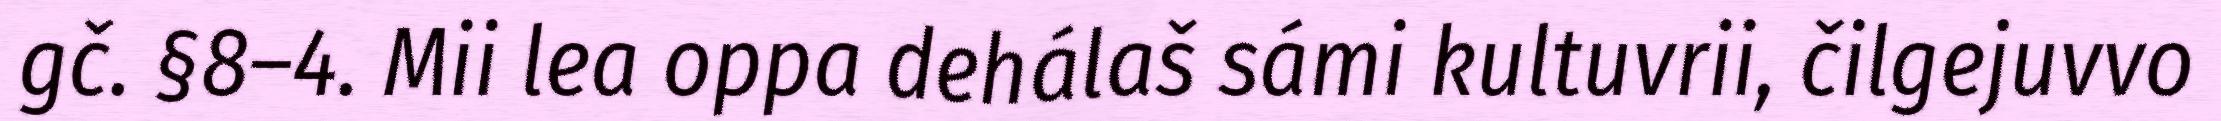
gč. §8–4. Mii lea oppa dehálaš sámi kultuvrii, čilgejuvvo